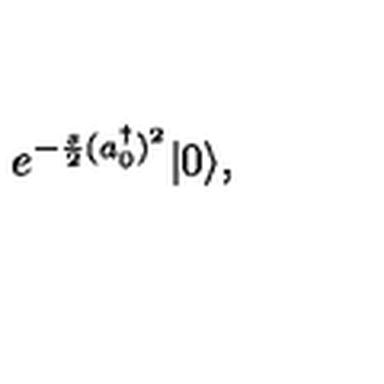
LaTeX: e ^ { - \frac { s } { 2 } ( a _ { 0 } ^ { \dagger } ) ^ { 2 } } | 0 \rangle ,